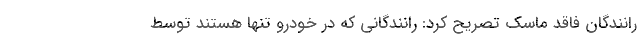
رانندگان فاقد ماسک تصریح کرد: رانندگانی که در خودرو تنها هستند توسط